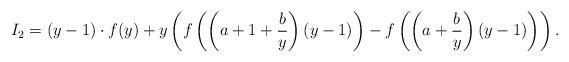
LaTeX: \begin{align*} I_2= (y-1) \cdot f(y)+ y \left( f\left(\left(a+1+\frac{b}{y}\right)(y-1)\right)-f\left(\left(a+\frac{b}{y}\right)(y-1)\right) \right).\\\end{align*}